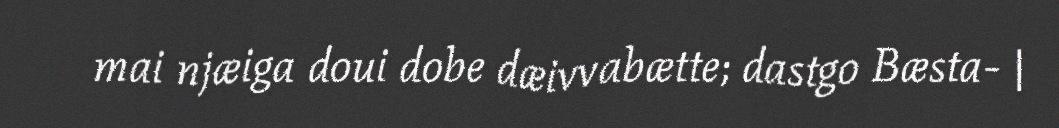
mai njæiga doui dobe dæivvabætte; dastgo Bæsta- |